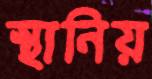
স্থানিয়